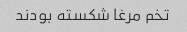
تخم مرغا شکسته بودند